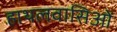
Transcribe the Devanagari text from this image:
हाथलवासिओं